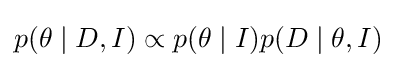
p(\theta \mid D,I)\propto p(\theta \mid I)p(D\mid \theta ,I)